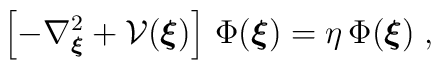
\left[- \nabla_{\mbox{\boldmath $\scriptstyle{\xi}$}}^2 +{\mathcal V}( \mbox{\boldmath $ \xi$} )  \right]\,  \Phi (  \mbox{\boldmath $ \xi$} )= \eta \, \Phi (  \mbox{\boldmath $ \xi$} )\;  ,